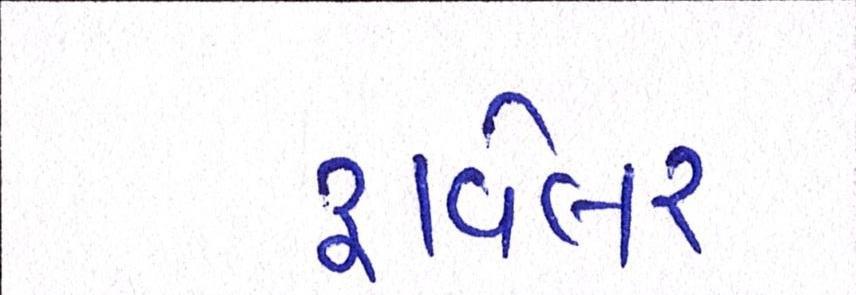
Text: ટ્રાવેલર